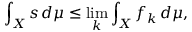
\int _ { X } s \, d \mu \leq \operatorname* { l i m } _ { k } \int _ { X } f _ { k } \, d \mu ,